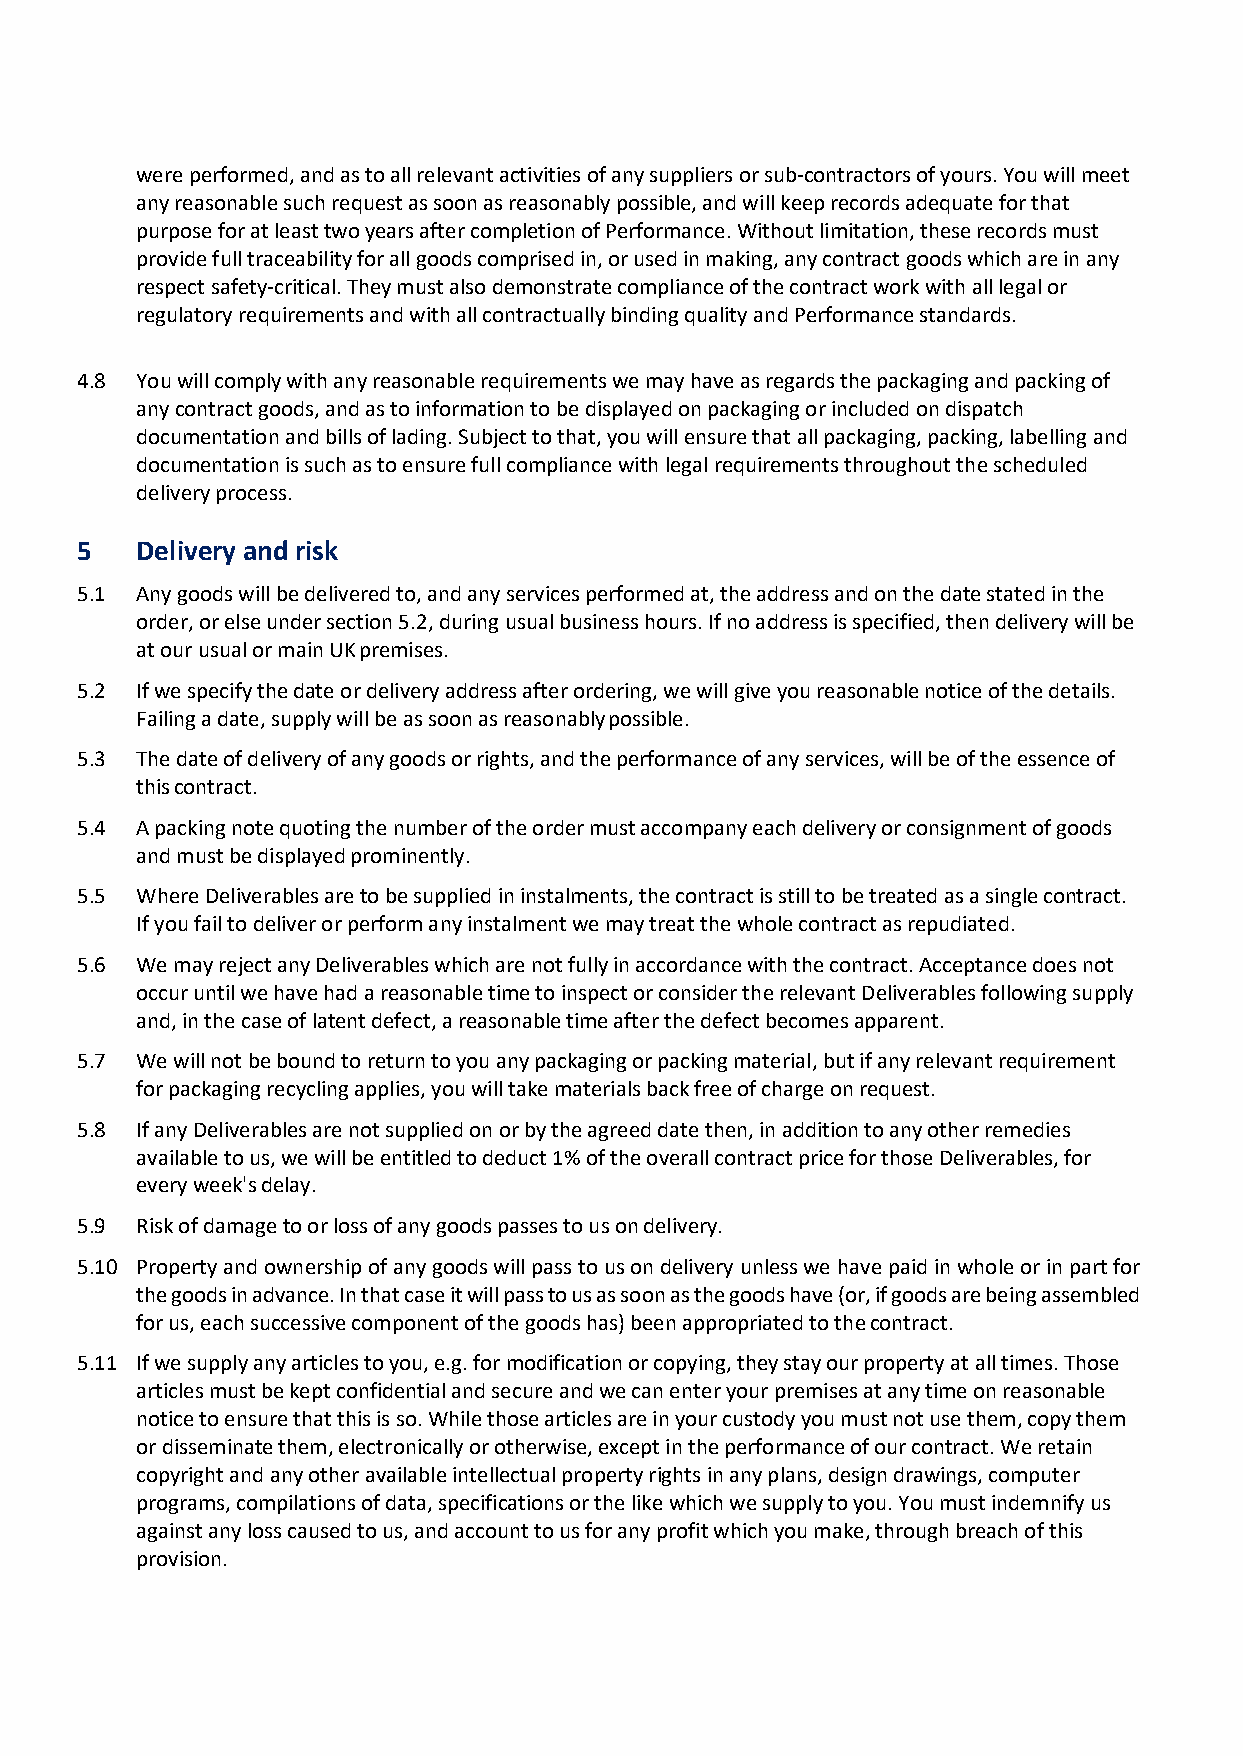
were performed, and as to all relevant activities of any suppliers or sub-contractors of yours. You will meet
 any reasonable such request as soon as reasonably possible, and will keep records adequate for that
 purpose for at least two years after completion of Performance. Without limitation, these records must
 provide full traceability for all goods comprised in, or used in making, any contract goods which are in any
 respect safety-critical. They must also demonstrate compliance of the contract work with all legal or
 regulatory requirements and with all contractually binding quality and Performance standards.
 4.8 You will comply with any reasonable requirements we may have as regards the packaging and packing of
 any contract goods, and as to information to be displayed on packaging or included on dispatch
 documentation and bills of lading. Subject to that, you will ensure that all packaging, packing, labelling and
 documentation is such as to ensure full compliance with legal requirements throughout the scheduled
 delivery process.
 5   Delivery and risk
 5.1 Any goods will be delivered to, and any services performed at, the address and on the date stated in the
 order, or else under section 5.2, during usual business hours. If no address is specified, then delivery will be
 at our usual or main UK premises.
 5.2 If we specify the date or delivery address after ordering, we will give you reasonable notice of the details.
 Failing a date, supply will be as soon as reasonably possible.
 5.3 The date of delivery of any goods or rights, and the performance of any services, will be of the essence of
 this contract.
 5.4 A packing note quoting the number of the order must accompany each delivery or consignment of goods
 and must be displayed prominently.
 5.5 Where Deliverables are to be supplied in instalments, the contract is still to be treated as a single contract.
 If you fail to deliver or perform any instalment we may treat the whole contract as repudiated.
 5.6 We may reject any Deliverables which are not fully in accordance with the contract. Acceptance does not
 occur until we have had a reasonable time to inspect or consider the relevant Deliverables following supply
 and, in the case of latent defect, a reasonable time after the defect becomes apparent.
 5.7 We will not be bound to return to you any packaging or packing material, but if any relevant requirement
 for packaging recycling applies, you will take materials back free of charge on request.
 5.8 If any Deliverables are not supplied on or by the agreed date then, in addition to any other remedies
 available to us, we will be entitled to deduct 1% of the overall contract price for those Deliverables, for
 every week's delay.
 5.9 Risk of damage to or loss of any goods passes to us on delivery.
 5.10 Property and ownership of any goods will pass to us on delivery unless we have paid in whole or in part for
 the goods in advance. In that case it will pass to us as soon as the goods have (or, if goods are being assembled
 for us, each successive component of the goods has) been appropriated to the contract.
 5.11 If we supply any articles to you, e.g. for modification or copying, they stay our property at all times. Those
 articles must be kept confidential and secure and we can enter your premises at any time on reasonable
 notice to ensure that this is so. While those articles are in your custody you must not use them, copy them
 or disseminate them, electronically or otherwise, except in the performance of our contract. We retain
 copyright and any other available intellectual property rights in any plans, design drawings, computer
 programs, compilations of data, specifications or the like which we supply to you. You must indemnify us
 against any loss caused to us, and account to us for any profit which you make, through breach of this
 provision.